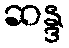
ဆန္ဒ